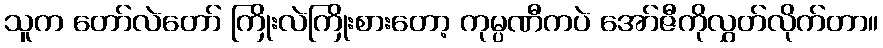
သူက တော်လဲတော် ကြိုးလဲကြိုးစားတော့ ကုမ္ပဏီကပဲ အော်ဇီကိုလွှတ်လိုက်တာ။